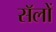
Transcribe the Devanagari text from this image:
सॅलों